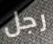
رجل